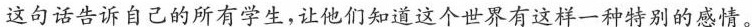
这句话告诉自己的所有学生，让他们知道这个世界有这样一种特别的感情。